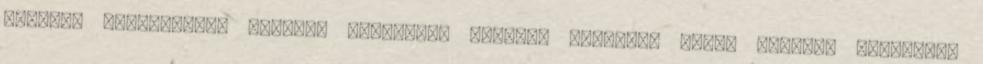
Műfüvek alkalmazása otthoni teraszok, kertek, medencék köré, udvarok burkolása